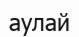
аулай